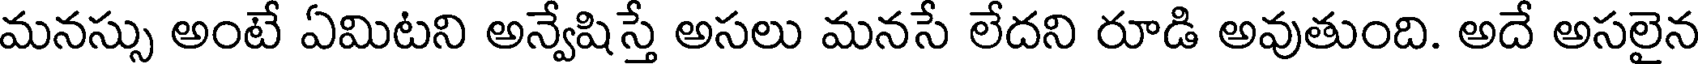
మనస్సు అంటే ఏమిటని అన్వేషిస్తే అసలు మనసే లేదని రూడి అవుతుంది. అదే అసలైన